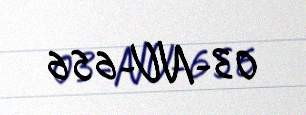
03-NU-656